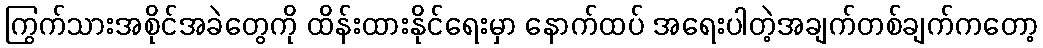
ကြွက်သားအစိုင်အခဲတွေကို ထိန်းထားနိုင်ရေးမှာ နောက်ထပ် အရေးပါတဲ့အချက်တစ်ချက်ကတော့